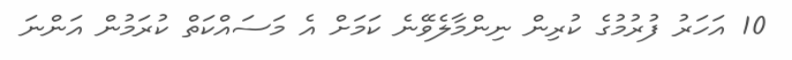
10 އަހަރު ފުރުމުގެ ކުރިން ނިންމާލެވޭނެ ކަމަށް އެ މަސައްކަތް ކުރަމުން އަންނަ